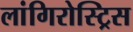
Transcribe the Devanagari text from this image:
लांगिरोस्ट्रिस